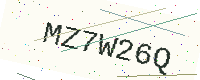
Text: MZ7W26Q